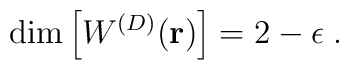
{\rm dim} \left[  W^{({D})} ({\bf r}) \right] =2 - \epsilon\;  .